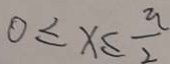
0 \leq x \leq \frac { \pi } { 2 }